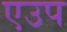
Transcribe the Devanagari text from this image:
एउप